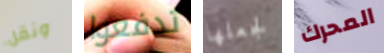
ونقل تدفعوا لجعلها المحرك